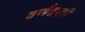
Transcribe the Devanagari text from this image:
वर्णदर्शी